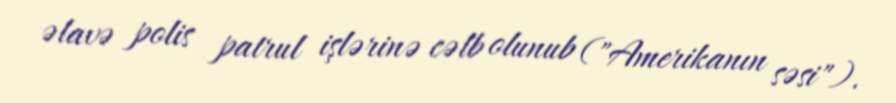
əlavə polis patrul işlərinə cəlb olunub ("Amerikanın səsi").